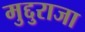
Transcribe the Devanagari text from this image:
मुद्दुराजा